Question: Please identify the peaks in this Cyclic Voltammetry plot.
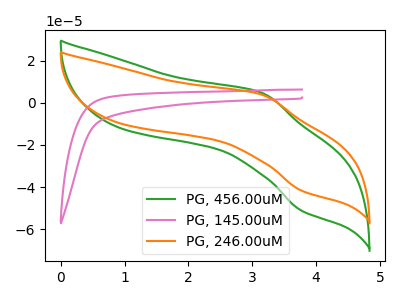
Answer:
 <answer>The green curve "PG, 456.00uM" has an anodic peak at (3.15V, 4.70uA) and a cathodic peak at (3.75V, -51.15uA). The pink curve "PG, 145.00uM" has no peaks. The orange curve "PG, 246.00uM" has an anodic peak at (3.15V, 3.85uA) and a cathodic peak at (3.75V, -41.65uA).</answer>
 <eval></eval>